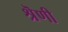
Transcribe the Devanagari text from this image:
श्रॆणी